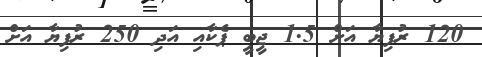
120 ރުފިޔާ އަށް 1.5 ޖީބީ ޕެކާއި އަދި 250 ރުފިޔާ އަށް